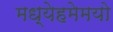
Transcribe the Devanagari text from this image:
मध्येहमेमयो